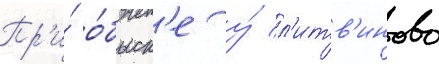
Пр'и́ о́быск'е у́ л'итв'инова